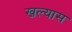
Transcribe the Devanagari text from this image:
खल्यास